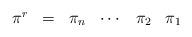
LaTeX: \begin{align*}\begin{array}{cccccc}\pi^r& =& \pi_n& \cdots& \pi_2 &\pi_1\end{array}\end{align*}